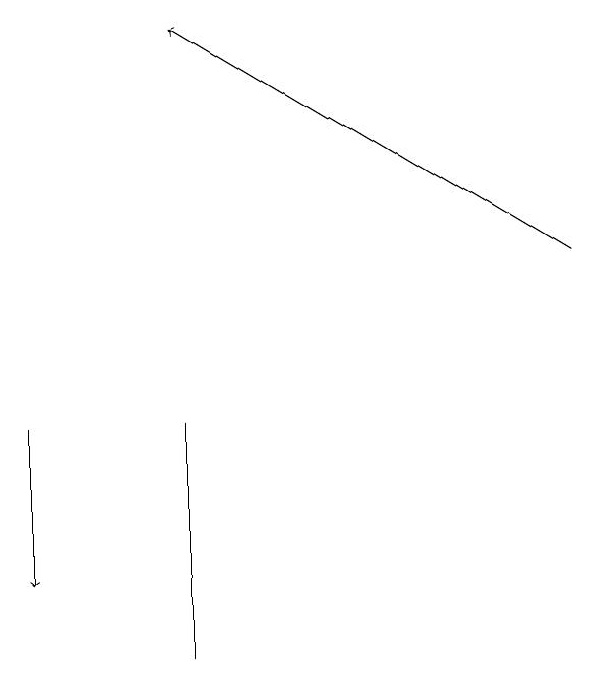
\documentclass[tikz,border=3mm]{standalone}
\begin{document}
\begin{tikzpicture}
\draw[->] (2,13) -- (2,11);
\draw (4,10) rectangle (4,13);
\draw[->] (9,15) -- (4,18);
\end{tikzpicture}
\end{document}